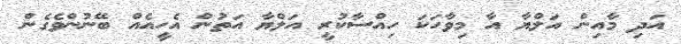
އަދި މާއިން އަލްޔާ އާ މިވާހަކަ ހިއްސާކުރީ އަލްޔާ އަތުން އެހީއެއް ބޭނުންވެގެން